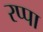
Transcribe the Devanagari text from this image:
रप्पा